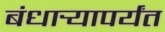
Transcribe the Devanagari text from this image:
बंधार्‍यापर्यंत